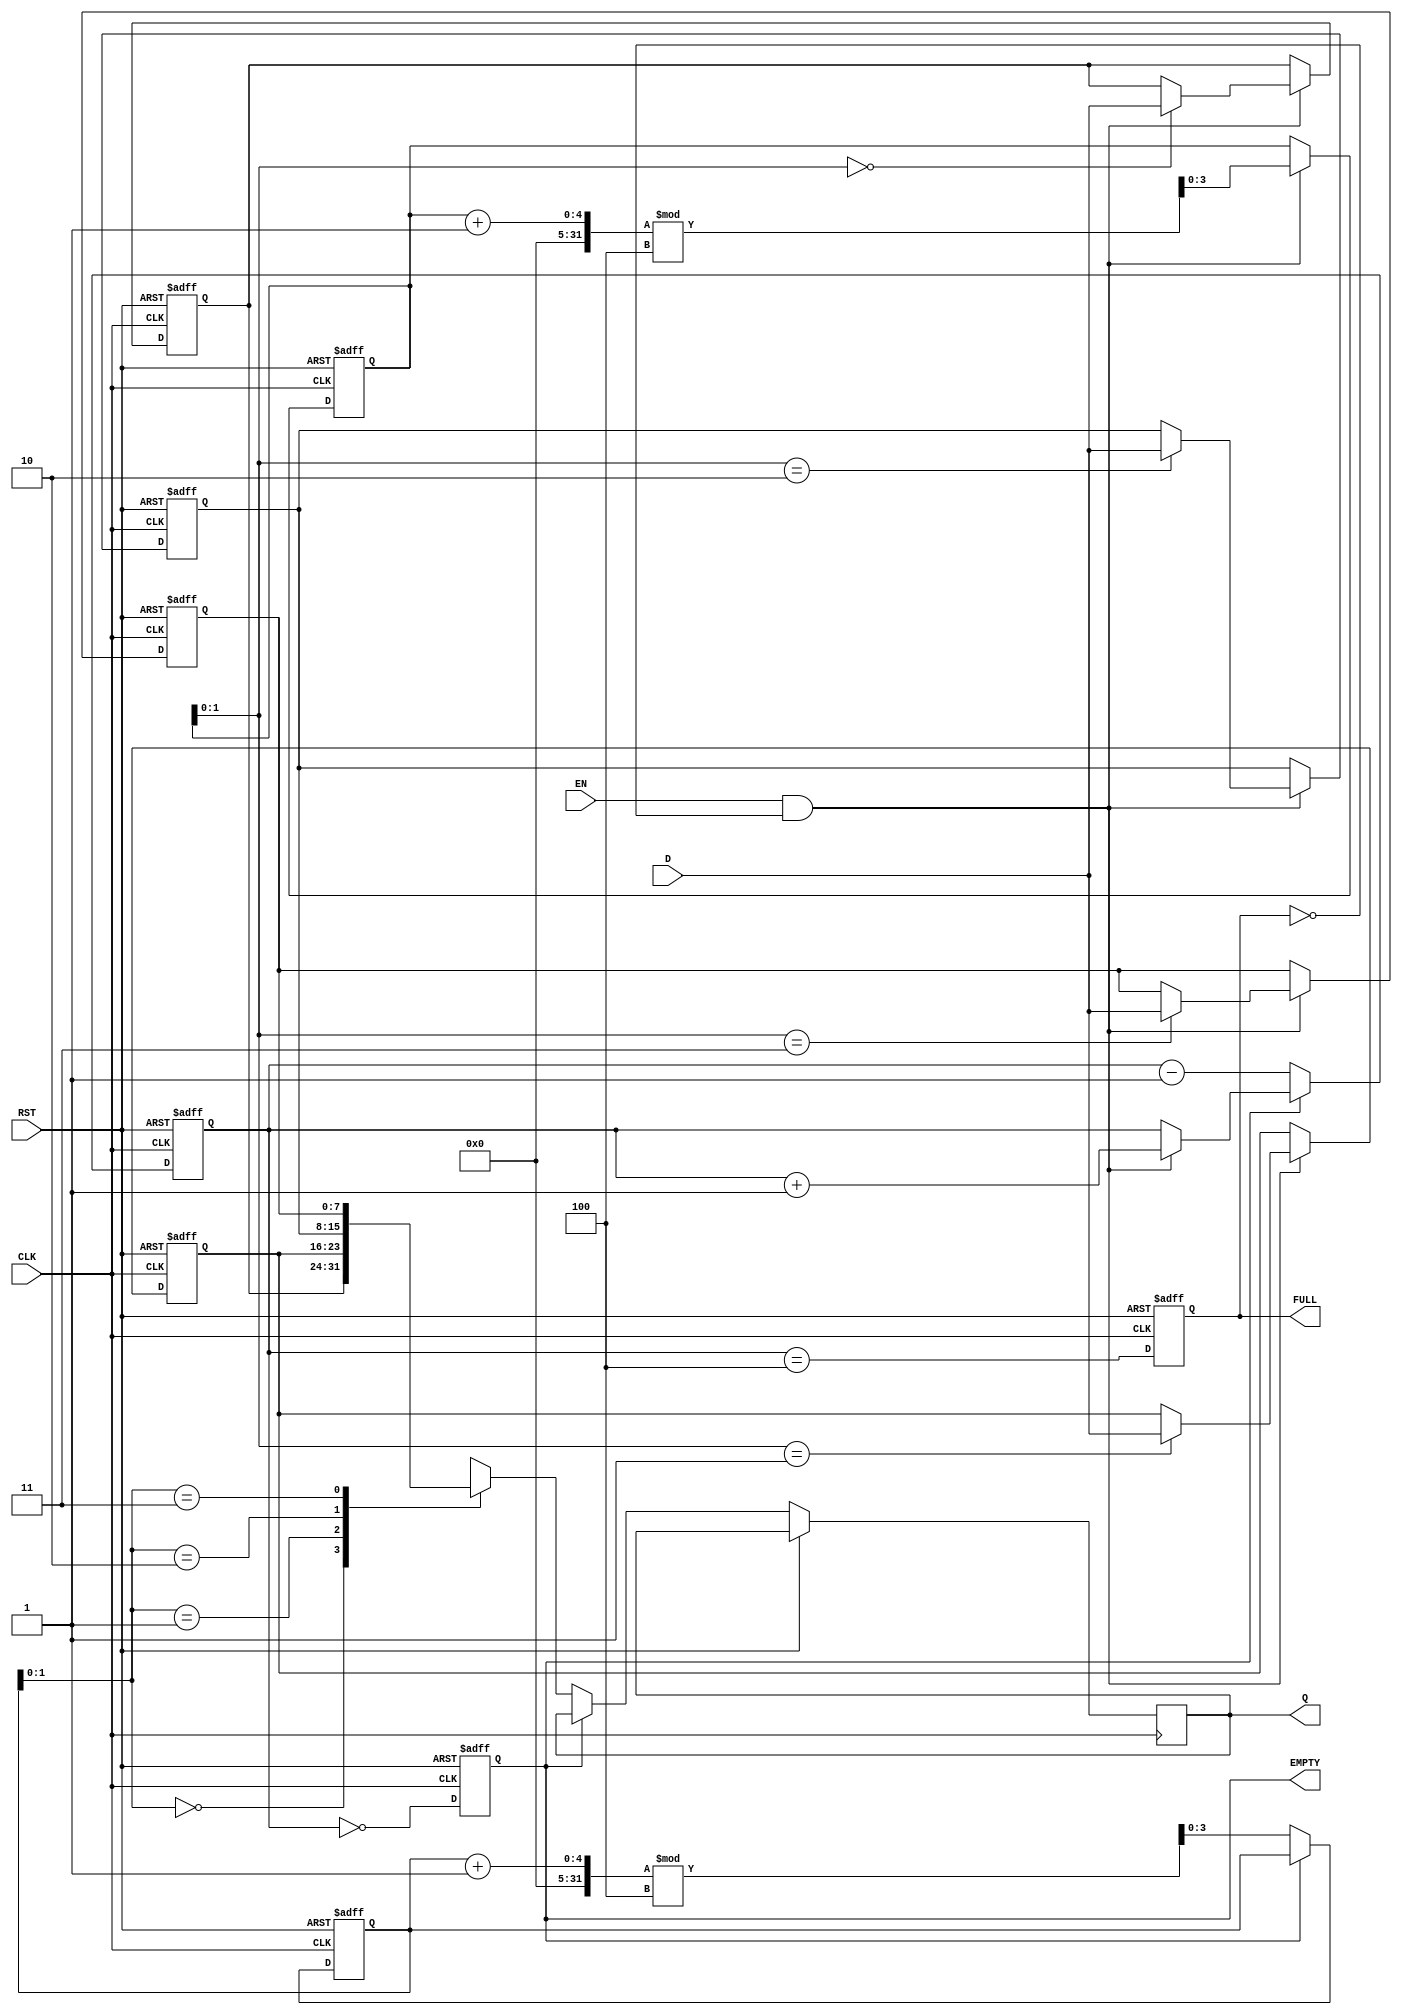
module PipelineBuffer #(
    parameter DATA_WIDTH = 8,  // Width of each data word
    parameter DEPTH = 4         // Number of words the buffer can hold
)(
    input  wire [DATA_WIDTH-1:0] D,       // Data input
    input  wire CLK,                       // Clock signal
    input  wire RST,                       // Reset signal
    input  wire EN,                        // Enable signal
    output reg  [DATA_WIDTH-1:0] Q,       // Data output
    output reg  FULL,                      // Full flag
    output reg  EMPTY                      // Empty flag
);

    // Internal storage array
    reg [DATA_WIDTH-1:0] buffer [0:DEPTH-1];
    reg [DEPTH-1:0] write_ptr;              // Write pointer
    reg [DEPTH-1:0] read_ptr;               // Read pointer
    reg [DEPTH-1:0] count;                  // Current count of stored items

    // Initialize the buffer and pointers
    integer i;
    initial begin
        write_ptr = 0;
        read_ptr = 0;
        count = 0;
        FULL = 0;
        EMPTY = 1;
        for (i = 0; i < DEPTH; i = i + 1) begin
            buffer[i] = 0;
        end
    end

    // Write and Read operations
    always @(posedge CLK or posedge RST) begin
        if (RST) begin
            // Reset operation
            write_ptr <= 0;
            read_ptr <= 0;
            count <= 0;
            FULL <= 0;
            EMPTY <= 1;
            for (i = 0; i < DEPTH; i = i + 1) begin
                buffer[i] = 0;
            end
        end else begin
            // Check for write operation
            if (EN && !FULL) begin
                buffer[write_ptr] <= D;           // Store data
                write_ptr <= (write_ptr + 1) % DEPTH; // Increment write pointer
                count <= count + 1;               // Increment count
            end
            
            // Check for read operation
            if (!EMPTY) begin
                Q <= buffer[read_ptr];           // Output data
                read_ptr <= (read_ptr + 1) % DEPTH; // Increment read pointer
                count <= count - 1;               // Decrement count
            end

            // Update FULL and EMPTY flags
            FULL <= (count == DEPTH);
            EMPTY <= (count == 0);
        end
    end

endmodule